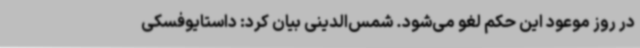
در روز موعود این حکم لغو می‌شود. شمس‌الدینی بیان کرد: داستایوفسکی